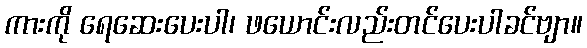
ကားကို ရေဆေးပေးပါ၊ ဖယောင်းလည်းတင်ပေးပါခင်ဗျာ။